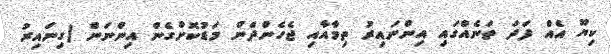
ކިޔޫ އެއް ފަދަ ތަނެއްގައި އިންނައިރު ތިމާއާއި ޖެހެންދެން މަޑުކޮށްގެން އިންނަން (ގިނައިރު